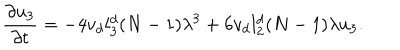
\frac { \partial u _ { 3 } } { \partial t } = - 4 v _ { d } l _ { 3 } ^ { d } ( N - 1 ) \lambda ^ { 3 } + 6 v _ { d } l _ { 2 } ^ { d } ( N - 1 ) \lambda { u } _ { 3 } .